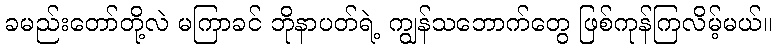
ခမည်းတော်တို့လဲ မကြာခင် ဘိုနာပတ်ရဲ့ ကျွန်သဘောက်တွေ ဖြစ်ကုန်ကြလိမ့်မယ်။